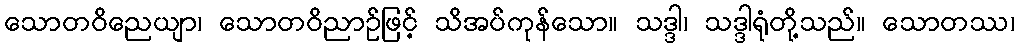
သောတဝိညေယျာ၊ သောတဝိညာဉ်ဖြင့် သိအပ်ကုန်သော။ သဒ္ဒါ၊ သဒ္ဒါရုံတို့သည်။ သောတဿ၊